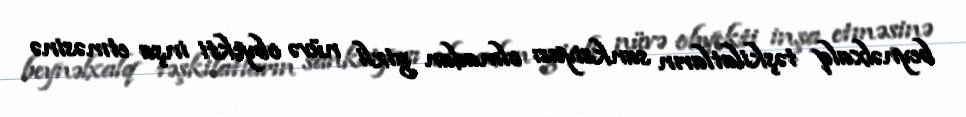
beynəlxalq təşkilatların sanksiyası olmadan gizli nüvə obyekti inşa etməsinə